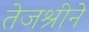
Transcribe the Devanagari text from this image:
तेजश्रीने